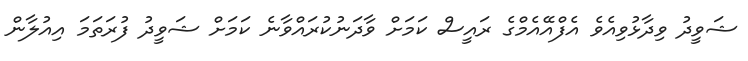
ޝަވީދު ވިދާޅުވިއެވެ އެފްއޭއެމްގެ ރައީސް ކަމަށް ވާދަނުކުރައްވާނެ ކަމަށް ޝަވީދު ފުރަތަމަ އިއުލާން